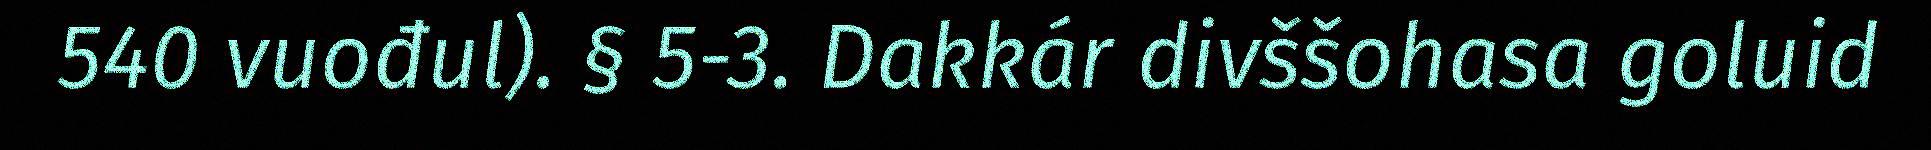
540 vuođul). § 5-3. Dakkár divššohasa goluid